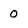
Character: 0